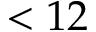
< 1 2